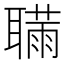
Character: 𦗫